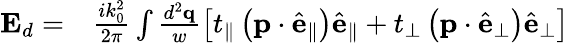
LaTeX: \begin{array}{rl}{\mathbf{E}_{d}=}&{{}\frac{ik_{0}^{2}}{2\pi}\int\frac{d^{2}\mathbf{q}}{w}\left[t_{\parallel}\left(\mathbf{p}\cdot\hat{\mathbf{e}}_{\parallel}\right)\hat{\mathbf{e}}_{\parallel}+t_{\perp}\left(\mathbf{p}\cdot\hat{\mathbf{e}}_{\perp}\right)\hat{\mathbf{e}}_{\perp}\right]}\end{array}